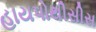
હાયપોથીસીસ